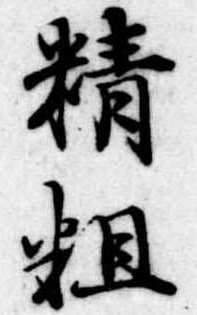
精粗